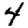
Digit: 4